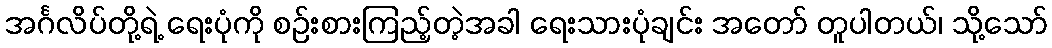
အင်္ဂလိပ်တို့ရဲ့ ရေးပုံကို စဉ်းစားကြည့်တဲ့အခါ ရေးသားပုံချင်း အတော် တူပါတယ်၊ သို့သော်